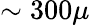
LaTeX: \sim 300\mu